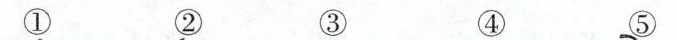
① ② ③ ④ ⑤